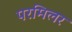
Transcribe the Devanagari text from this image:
परमिलर